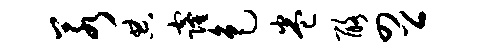
若典窿色卷酪四公